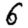
Digit: 6